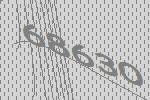
68630